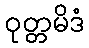
ဝုတ္တမိဒံ